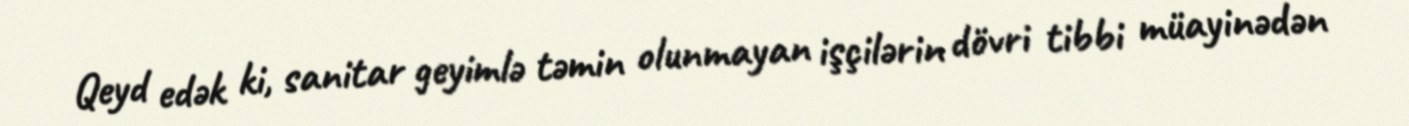
Qeyd edək ki, sanitar geyimlə təmin olunmayan işçilərin dövri tibbi müayinədən